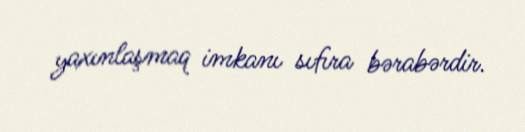
yaxınlaşmaq imkanı sıfıra bərabərdir.